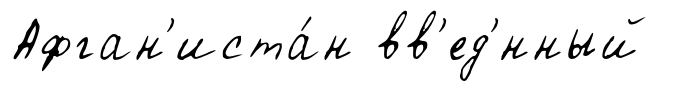
Афган'иста́н вв'ед'́нный